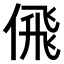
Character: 𠋉